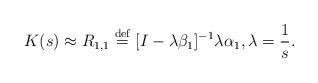
LaTeX: \begin{align*}K(s) \approx R_{1,1} \overset{\rm def}{=} [I-\lambda \beta_1 ]^{-1} \lambda \alpha_1, \lambda=\frac1s.\end{align*}